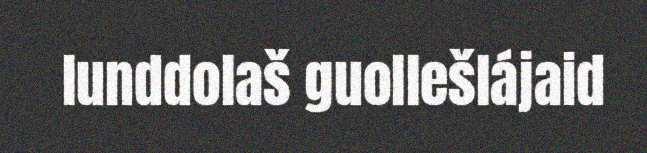
lunddolaš guollešlájaid